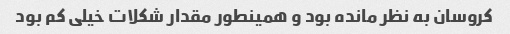
کروسان به نظر مانده بود و همینطور مقدار شکلات خیلی کم بود